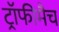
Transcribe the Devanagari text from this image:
ट्रॉफीमैच